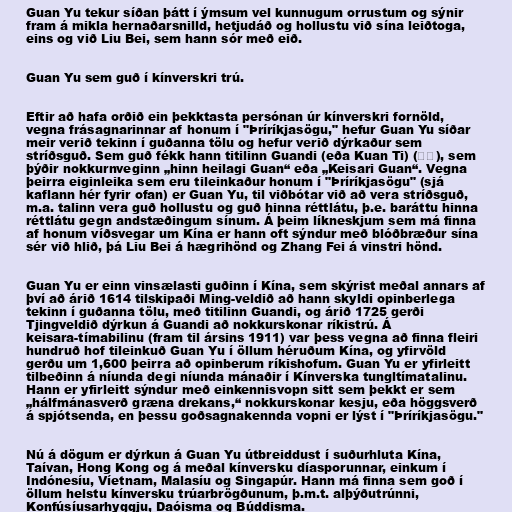
Guan Yu tekur síðan þátt í ýmsum vel kunnugum orrustum og sýnir
fram á mikla hernaðarsnilld, hetjudáð og hollustu við sína leiðtoga,
eins og við Liu Bei, sem hann sór með eið.

Guan Yu sem guð í kínverskri trú.

Eftir að hafa orðið ein þekktasta persónan úr kínverskri fornöld,
vegna frásagnarinnar af honum í "Þríríkjasögu," hefur Guan Yu síðar
meir verið tekinn í guðanna tölu og hefur verið dýrkaður sem
stríðsguð. Sem guð fékk hann titilinn Guandi (eða Kuan Ti) (關帝), sem
þýðir nokkurnveginn „hinn heilagi Guan“ eða „Keisari Guan“. Vegna
þeirra eiginleika sem eru tileinkaður honum í "Þríríkjasögu" (sjá
kaflann hér fyrir ofan) er Guan Yu, til viðbótar við að vera stríðsguð,
m.a. talinn vera guð hollustu og guð hinna réttlátu, þ.e. baráttu hinna
réttlátu gegn andstæðingum sínum. Á þeim líkneskjum sem má finna
af honum víðsvegar um Kína er hann oft sýndur með blóðbræður sína
sér við hlið, þá Liu Bei á hægrihönd og Zhang Fei á vinstri hönd.

Guan Yu er einn vinsælasti guðinn í Kína, sem skýrist meðal annars af
því að árið 1614 tilskipaði Ming-veldið að hann skyldi opinberlega
tekinn í guðanna tölu, með titilinn Guandi, og árið 1725 gerði
Tjingveldið dýrkun á Guandi að nokkurskonar ríkistrú. Á
keisara-tímabilinu (fram til ársins 1911) var þess vegna að finna fleiri
hundruð hof tileinkuð Guan Yu í öllum héruðum Kína, og yfirvöld
gerðu um 1,600 þeirra að opinberum ríkishofum. Guan Yu er yfirleitt
tilbeðinn á níunda degi níunda mánaðir í Kínverska tungltímatalinu.
Hann er yfirleitt sýndur með einkennisvopn sitt sem þekkt er sem
„hálfmánasverð græna drekans,“ nokkurskonar kesju, eða höggsverð
á spjótsenda, en þessu goðsagnakennda vopni er lýst í "Þríríkjasögu."

Nú á dögum er dýrkun á Guan Yu útbreiddust í suðurhluta Kína,
Taívan, Hong Kong og á meðal kínversku díasporunnar, einkum í
Indónesíu, Víetnam, Malasíu og Singapúr. Hann má finna sem goð í
öllum helstu kínversku trúarbrögðunum, þ.m.t. alþýðutrúnni,
Konfúsíusarhyggju, Daóisma og Búddisma.